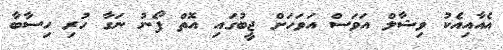
އެއާއިއެކު ވިޝާލް އަވަސް އަވަހަށް ޖީބުގައި އޮތް ފޯނު ނަގާ ހުރި ހިސާބާ